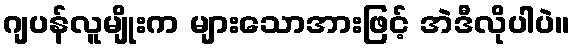
ဂျပန်လူမျိုးက များသောအားဖြင့် အဲဒီလိုပါပဲ။